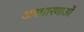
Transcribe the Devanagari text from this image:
अवधारणाऒं